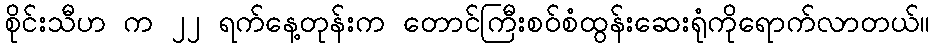
စိုင်းသီဟ က ၂၂ ရက်နေ့တုန်းက တောင်ကြီးစဝ်စံထွန်းဆေးရုံကိုရောက်လာတယ်။